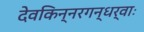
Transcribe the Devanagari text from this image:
देवकिन्नरगन्धर्वाः